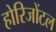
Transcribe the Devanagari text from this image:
होरिजोंटल